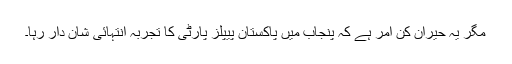
مگر یہ حیران کن امر ہے کہ پنجاب میں پاکستان پیپلز پارٹی کا تجربہ انتہائی شان دار رہا۔